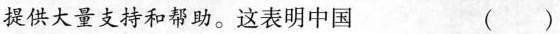
提供大量支持和帮助。这表明中国 ()